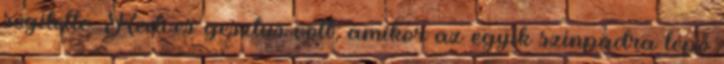
segítette. Kedves gesztus volt, amikor az egyik színpadra lépő